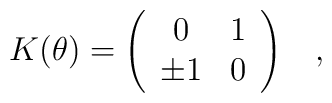
K(\theta)=\left(\begin{array}{cc}0& 1\\\pm 1& 0\end{array}\right)\;\;\;,